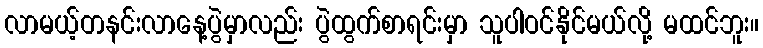
လာမယ့်တနင်းလာနေ့ပွဲမှာလည်း ပွဲထွက်စာရင်းမှာ သူပါဝင်နိုင်မယ်လို့ မထင်ဘူး။